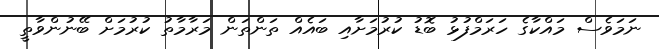
ނަމަވެސް މައްކާގެ ހަރަމްފުޅު ބޮޑު ކުރުމަށާއި ބައެއް ތަންތަން މަރާމާތު ކުރުމަށް ބޭނުންވާތީ